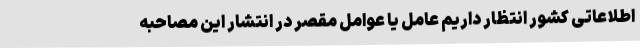
اطلاعاتی کشور انتظار داریم عامل یا عوامل مقصر در انتشار این مصاحبهٔ